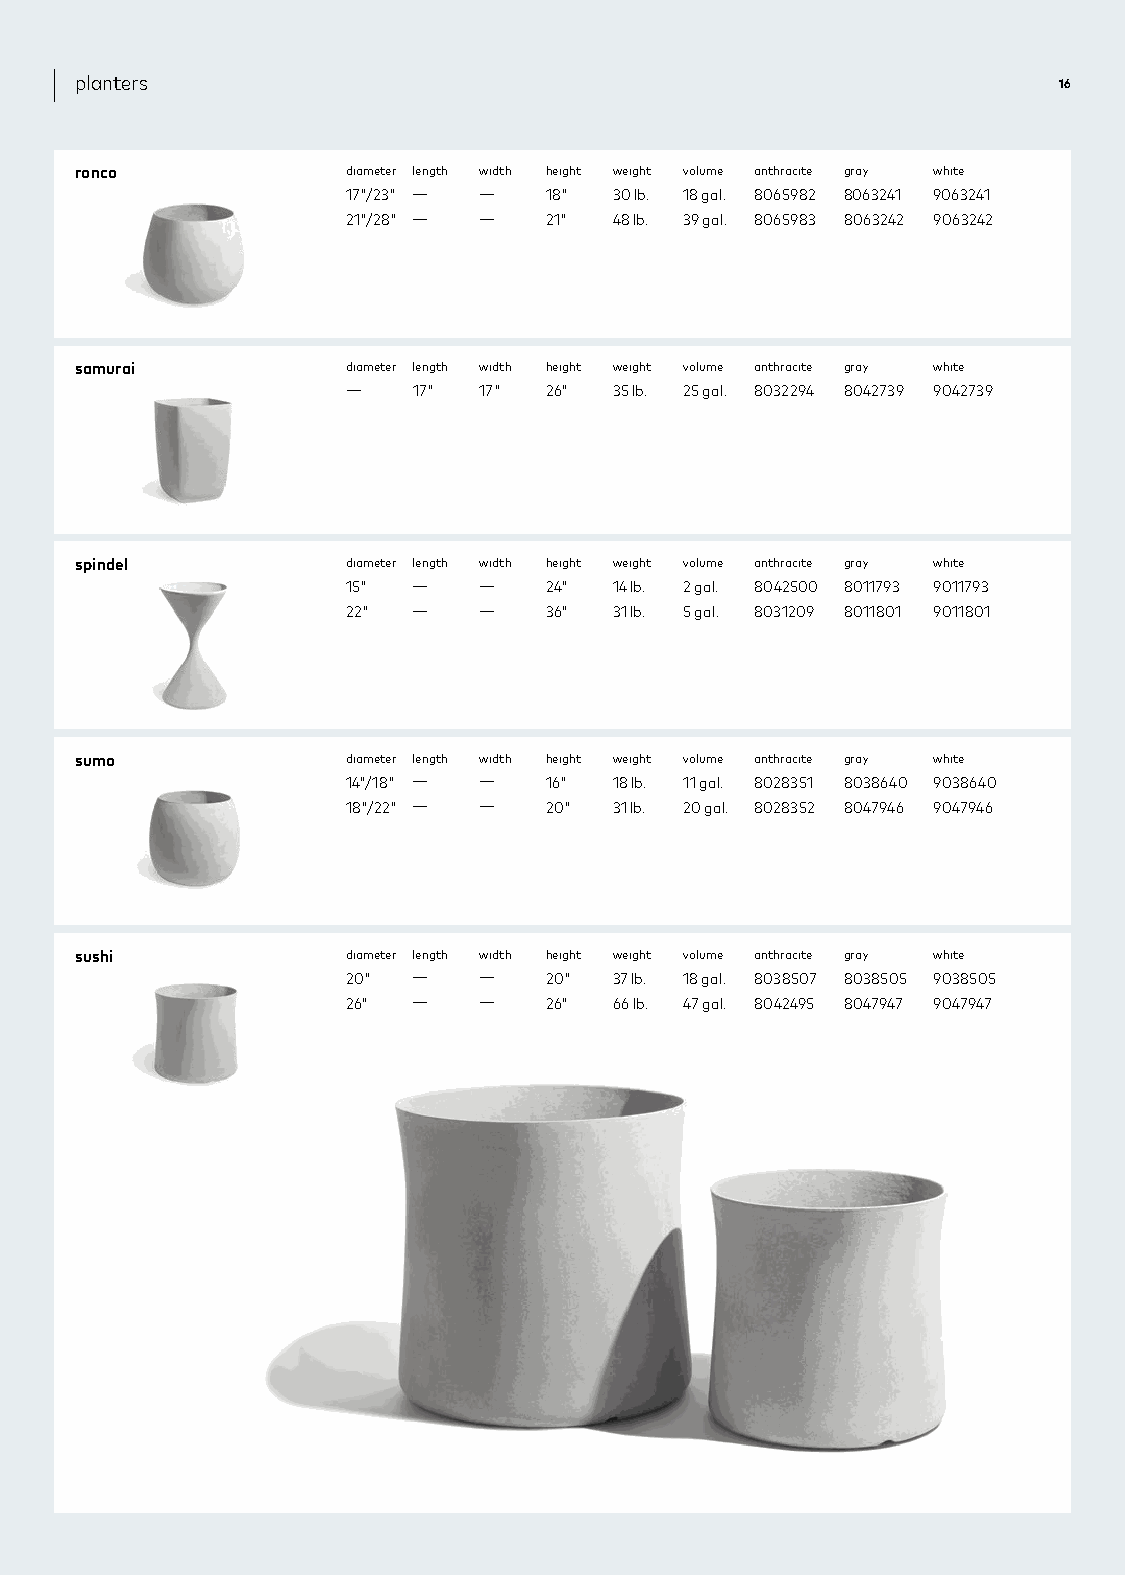
planters                                                         16
 ronco             diameter length width height weight volume anthracite gray white
 17"/23" — —  18"  30 lb. 18 gal. 8065982 8063241 9063241
 21"/28" — —  21"  48 lb. 39 gal. 8065983 8063242 9063242
 samurai           diameter length width height weight volume anthracite gray white
 —   17"  17" 26"  35 lb. 25 gal. 8032294 8042739 9042739
 spindel           diameter length width height weight volume anthracite gray white
 15" —    —   24"  14 lb. 2 gal. 8042500 8011793 9011793
 22" —    —   36"  31 lb. 5 gal. 8031209 8011801 9011801
 sumo              diameter length width height weight volume anthracite gray white
 14"/18" — —  16"  18 lb. 11 gal. 8028351 8038640 9038640
 18"/22" — —  20"  31 lb. 20 gal. 8028352 8047946 9047946
 sushi             diameter length width height weight volume anthracite gray white
 20" —    —   20"  37 lb. 18 gal. 8038507 8038505 9038505
 26" —    —   26"  66 lb. 47 gal. 8042495 8047947 9047947